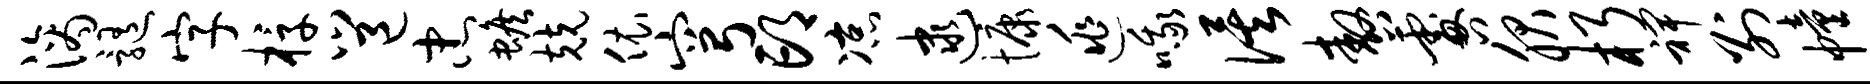
滴髓字椁邕忠蟾兢依穹邙凉逮慷逃哦俟嗷咎服朽裨别幢